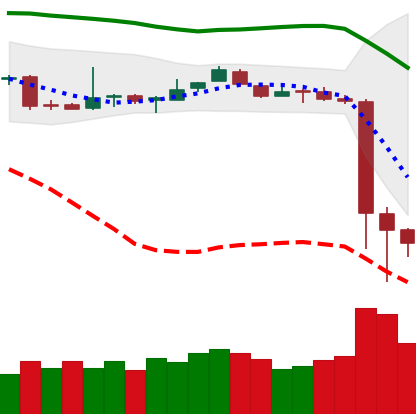
Ticker: BTC-USD
Chart end date: 2018-11-16
Forward return: -17.458%
Label: down_7plus